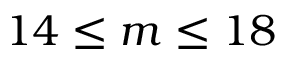
1 4 \le m \le 1 8